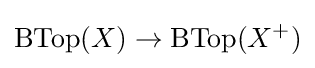
\operatorname {BTop} (X)\to \operatorname {BTop} (X^{+})